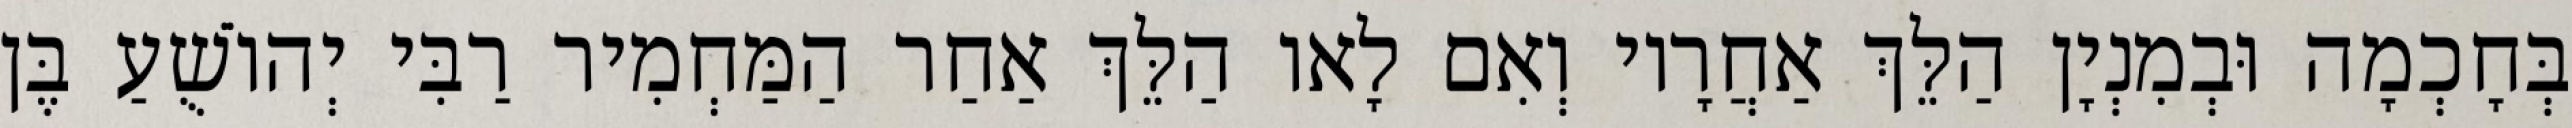
בְּחָכְמָה וּבְמִנְיָן הַלֵּךְ אַחֲרָיו וְאִם לָאו הַלֵּךְ אַחַר הַמַּחְמִיר רַבִּי יְהוֹשֻׁעַ בֶּן